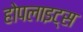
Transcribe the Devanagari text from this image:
होपलाइट्स